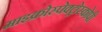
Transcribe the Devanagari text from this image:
माइक्रोस्पेक्ट्रोस्कोपी